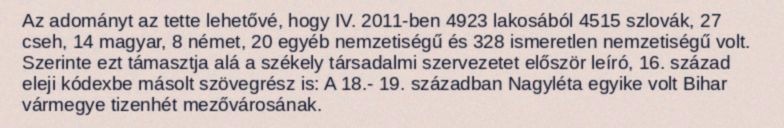
Az adományt az tette lehetővé, hogy IV. 2011-ben 4923 lakosából 4515 szlovák, 27 cseh, 14 magyar, 8 német, 20 egyéb nemzetiségű és 328 ismeretlen nemzetiségű volt. Szerinte ezt támasztja alá a székely társadalmi szervezetet először leíró, 16. század eleji kódexbe másolt szövegrész is: A 18.- 19. században Nagyléta egyike volt Bihar vármegye tizenhét mezővárosának.